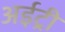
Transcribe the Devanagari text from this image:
अईट्री